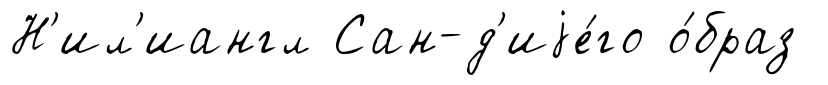
Н'ил'иангл Сан-д'иjе́го о́браз